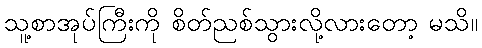
သူ့စာအုပ်ကြီးကို စိတ်ညစ်သွားလို့လားတော့ မသိ။